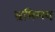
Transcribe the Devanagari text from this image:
भ्रमिमय